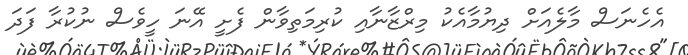
އެހެނަސް މާލެއަށް ދިޔުމާއެކު މިރްޒާނާއި ކުރިމަތިވާން ފެށީ އޭނަ ހީވެސް ނުކުރާ ފަދަ